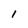
Character: I